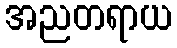
အညတရာယ